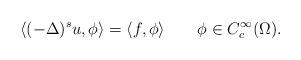
LaTeX: \begin{align*}\langle (-\Delta)^s u,\phi\rangle=\langle f,\phi\rangle \qquad\phi\in C^{\infty}_c(\Omega). \end{align*}